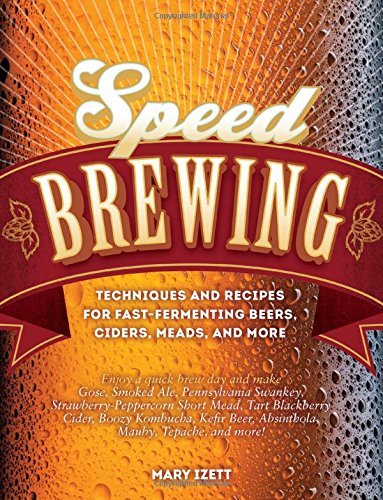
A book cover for Speed Brewing: Techniques and Recipes for Fast-Fermenting Beers, Ciders, Meads, and More; Mary Izett; Cookbooks, Food & Wine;